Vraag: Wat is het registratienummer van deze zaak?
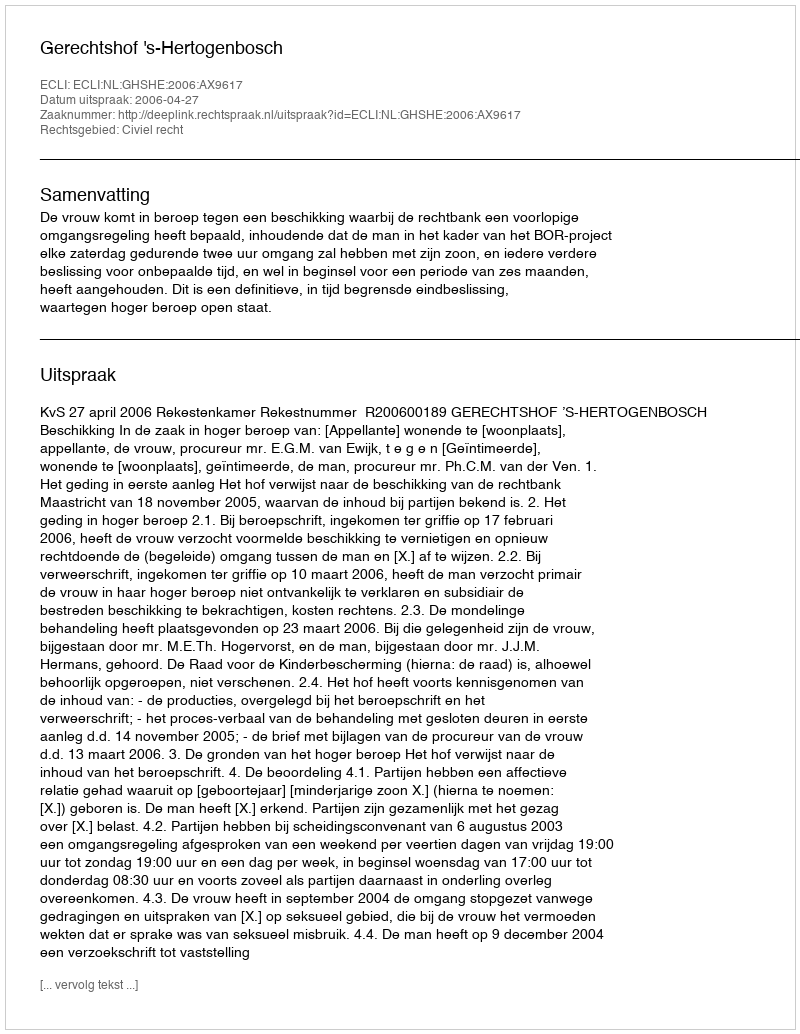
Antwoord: http://deeplink.rechtspraak.nl/uitspraak?id=ECLI:NL:GHSHE:2006:AX9617